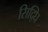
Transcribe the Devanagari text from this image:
सिद्घि